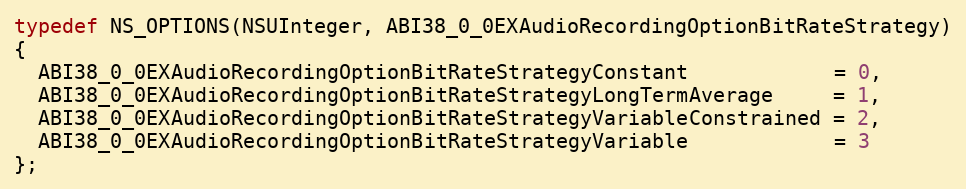
Language: C
typedef NS_OPTIONS(NSUInteger, ABI38_0_0EXAudioRecordingOptionBitRateStrategy)
{
  ABI38_0_0EXAudioRecordingOptionBitRateStrategyConstant            = 0,
  ABI38_0_0EXAudioRecordingOptionBitRateStrategyLongTermAverage     = 1,
  ABI38_0_0EXAudioRecordingOptionBitRateStrategyVariableConstrained = 2,
  ABI38_0_0EXAudioRecordingOptionBitRateStrategyVariable            = 3
};